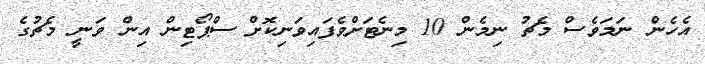
އެހެން ނަމަވެސް މެޗު ނިމެން 10 މިނެޓަށްވެފައިވަނިކޮށް ސްޕޯޓިން އިން ވަނީ މެޗުގެ